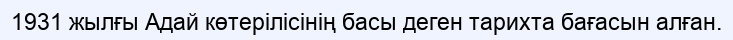
1931 жылғы Адай көтерілісінің басы деген тарихта бағасын алған.